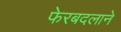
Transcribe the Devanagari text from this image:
फेरबदलाने